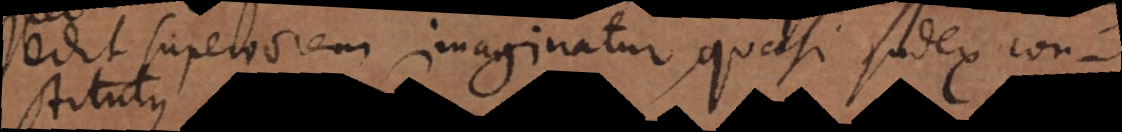
edit superiorem imaginatur, quasi judex const